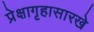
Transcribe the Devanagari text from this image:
प्रेक्षागृहासारखे